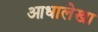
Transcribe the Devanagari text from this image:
आधालेखा